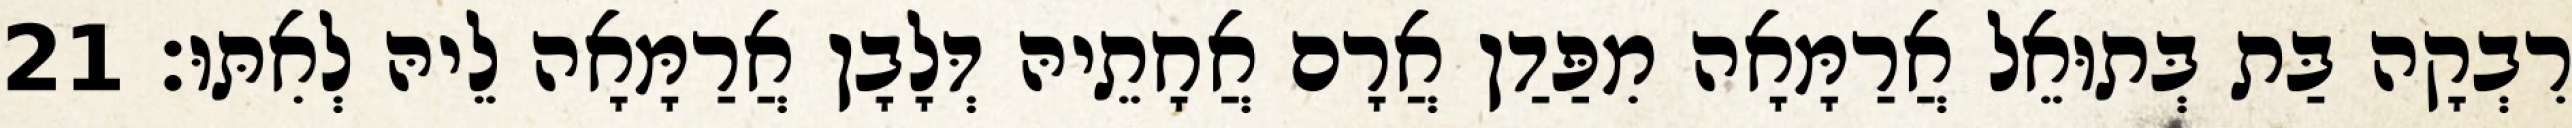
רִבְקָה בַּת בְּתוּאֵל אֲרַמָּאָה מִפַּדַן אֲרָם אֲחָתֵיהּ דְּלָבָן אֲרַמָּאָה לֵיהּ לְאִתּוּ׃ 21